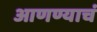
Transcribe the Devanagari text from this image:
आणण्याचं